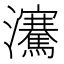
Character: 𪸋